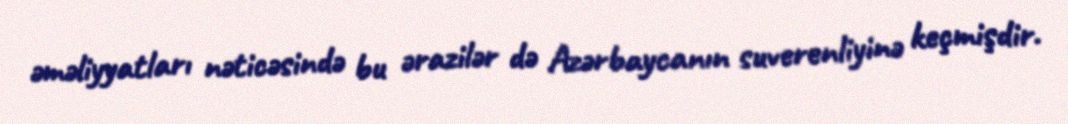
əməliyyatları nəticəsində bu ərazilər də Azərbaycanın suverenliyinə keçmişdir.